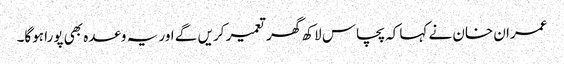
عمران خان نے کہا کہ پچاس لاکھ گھر تعمیر کریں گے اور یہ وعدہ بھی پورا ہوگا۔